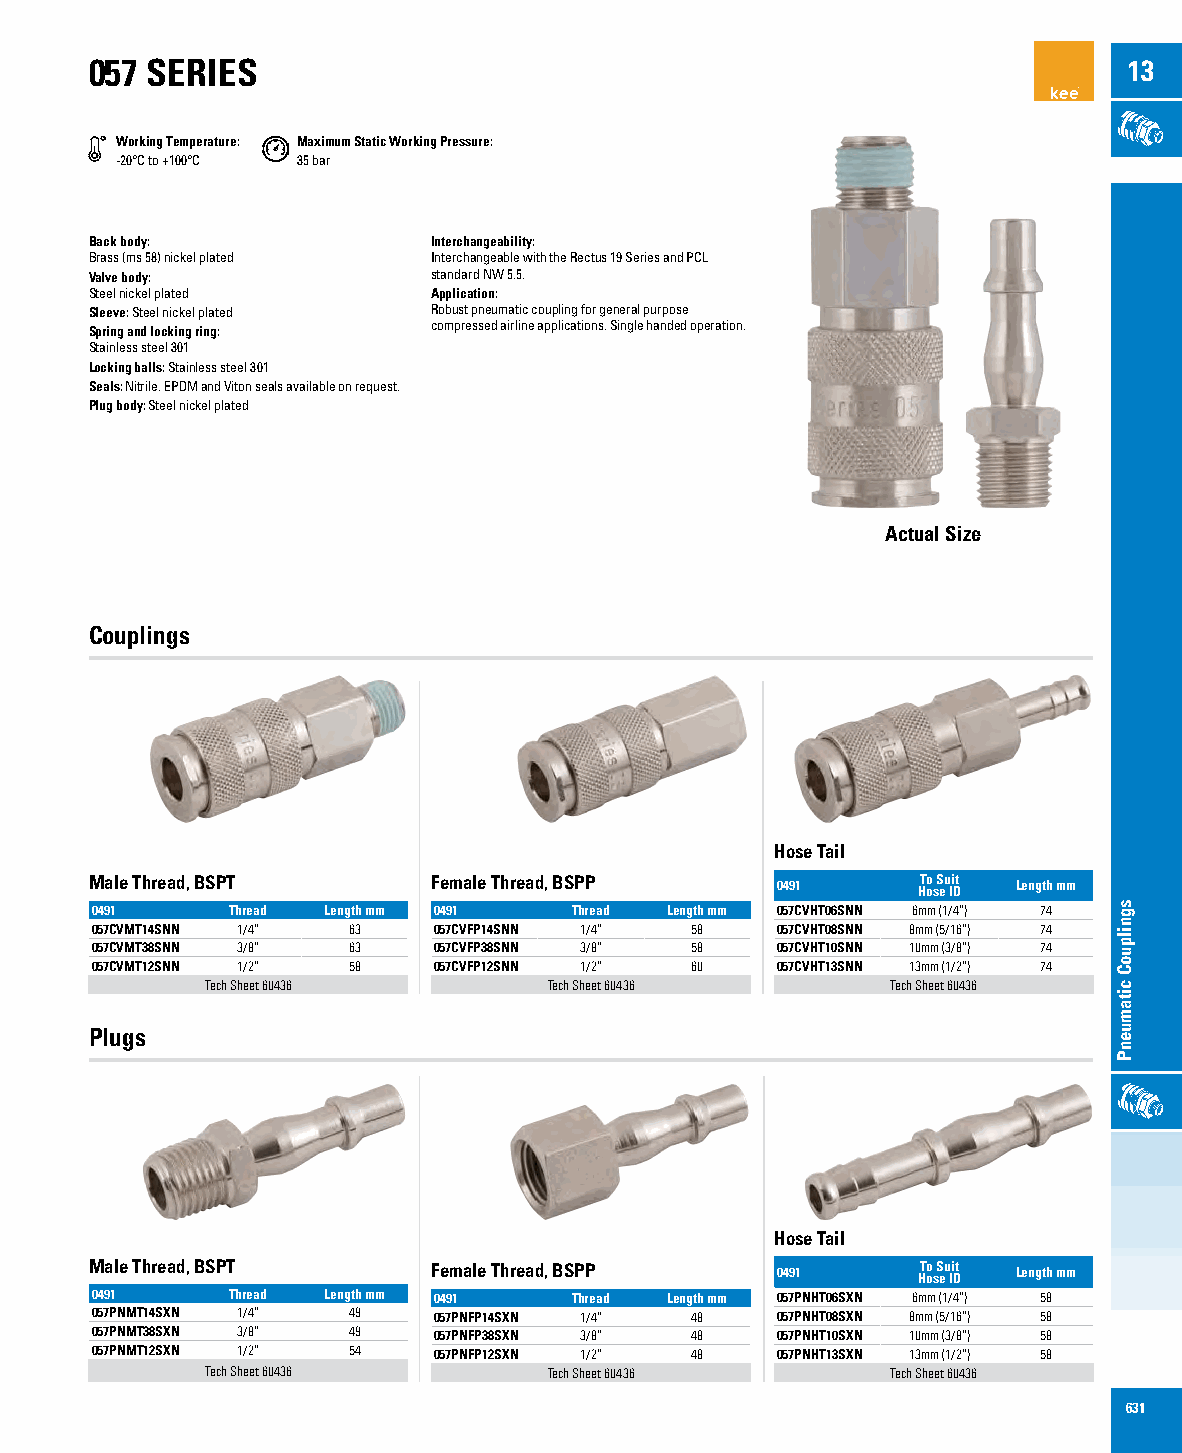
057 SERIES                                                           13
 Working Temperature: Maximum Static Working Pressure:
 -20°C to +100°C 35 bar
 Back body:             Interchangeability:
 Brass (ms 58) nickel plated Interchangeable with the Rectus 19 Series and PCL
 Valve body:            standard NW 5.5.
 Steel nickel plated    Application:
 Sleeve: Steel nickel plated Robust pneumatic coupling for general purpose
 Spring and locking ring: compressed airline applications. Single handed operation.
 Stainless steel 301
 Locking balls: Stainless steel 301
 Seals: Nitrile. EPDM and Viton seals available on request.
 Plug body: Steel nickel plated
 Actual Size
 Couplings
 Hose Tail
 Male Thread, BSPT      Female Thread, BSPP   0491      HT oo s S eu Ii Dt Length mm
 0491     Thread Length mm 0491  Thread Length mm 057CVHT06SNN 6mm (1/4”) 74
 057CVMT14SNN 1/4” 63   057CVFP14SNN 1/4” 58  057CVHT08SNN 8mm (5/16”) 74
 057CVMT38SNN 3/8” 63   057CVFP38SNN 3/8” 58  057CVHT10SNN 10mm (3/8”) 74
 057CVMT12SNN 1/2” 58   057CVFP12SNN 1/2” 60  057CVHT13SNN 13mm (1/2”) 74
 Tech Sheet 60436      Tech Sheet 60436       Tech Sheet 60436
 Plugs
 Hose Tail
 Male Thread, BSPT      Female Thread, BSPP   0491      HT oo s S eu Ii Dt Length mm
 0491     Thread Length mm 0491  Thread Length mm 057PNHT06SXN 6mm (1/4”) 58
 057PNMT14SXN 1/4” 49   057PNFP14SXN 1/4” 48  057PNHT08SXN 8mm (5/16”) 58
 057PNMT38SXN 3/8” 49   057PNFP38SXN 3/8” 48  057PNHT10SXN 10mm (3/8”) 58
 057PNMT12SXN 1/2” 54   057PNFP12SXN 1/2” 48  057PNHT13SXN 13mm (1/2”) 58
 Tech Sheet 60436      Tech Sheet 60436       Tech Sheet 60436
 631
 sgnilpuoC
 citamuenP